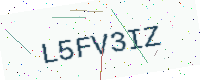
Text: L5FV3IZ